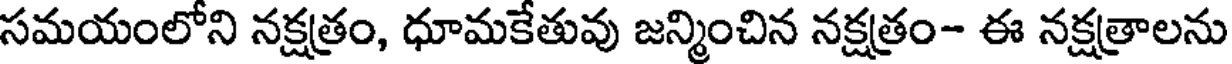
సమయంలోని నక్షత్రం, ధూమకేతువు జన్మించిన నక్షత్రం- ఈ నక్షత్రాలను